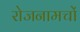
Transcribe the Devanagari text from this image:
रोजनामचों